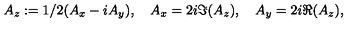
A _ { z } : = 1 / 2 ( A _ { x } - i A _ { y } ) , \quad A _ { x } = 2 i \Im ( A _ { z } ) , \quad A _ { y } = 2 i \Re ( A _ { z } ) ,